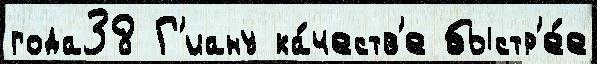
года38 Г'иану ка́честв'е быстр'е́е